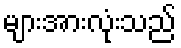
များအားလုံးသည်